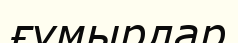
ғұмырлар